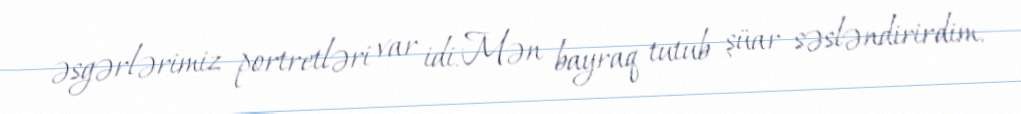
əsgərlərimiz portretləri var idi. Mən bayraq tutub şüar səsləndirirdim.